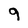
Character: 9